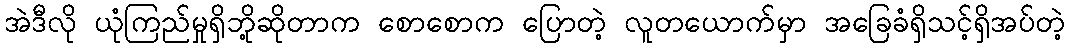
အဲဒီလို ယုံကြည်မှုရှိဘို့ဆိုတာက စောစောက ပြောတဲ့ လူတယောက်မှာ အခြေခံရှိသင့်ရှိအပ်တဲ့